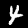
Label: 4